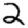
Digit: 2